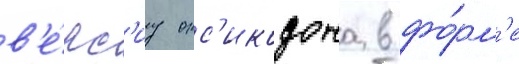
в'е́рс'иу окс'икодона в фо́рм'е